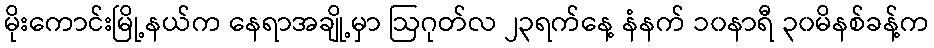
မိုးကောင်းမြို့နယ်က နေရာအချို့မှာ ဩဂုတ်လ ၂၃ရက်နေ့ နံနက် ၁၀နာရီ ၃၀မိနစ်ခန့်က